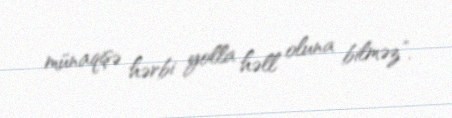
münaqişə hərbi yolla həll oluna bilməz”.